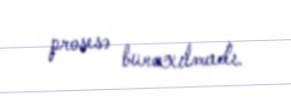
prosesə buraxılmadı.